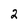
Character: 2